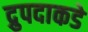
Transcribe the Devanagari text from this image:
द्रुपदाकडे